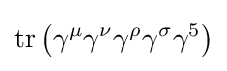
\operatorname {tr} \left(\gamma ^{\mu }\gamma ^{\nu }\gamma ^{\rho }\gamma ^{\sigma }\gamma ^{5}\right)